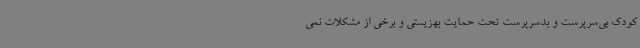
کودک بی‌سرپرست و بدسرپرست تحت حمایت بهزیستی و برخی از مشکلات نمی‌